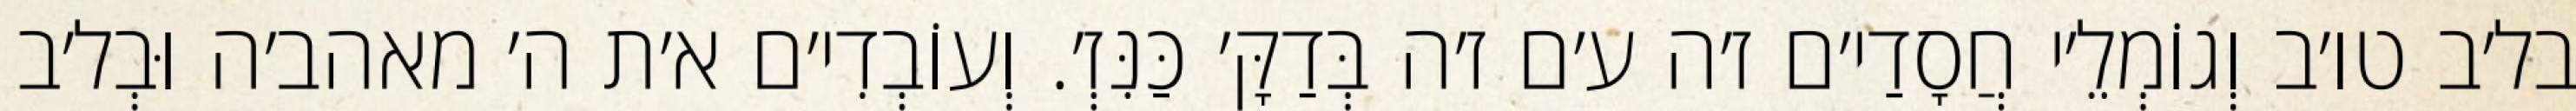
בל׳ב טו׳ב וְגוֹמְלֵ׳י חֲסָדַי׳ם ז׳ה ע׳ם ז׳ה בְּדַקָּ׳ כַּנִּזְ׳. וְעוֹבְדִי׳ם א׳ת ה׳ מאהב׳ה וּבְל׳ב